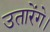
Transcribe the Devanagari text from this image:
उतारेंगे।